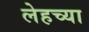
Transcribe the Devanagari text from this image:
लेहच्या